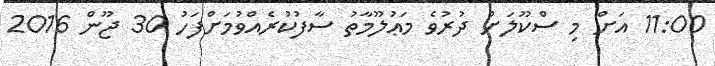
11:00 އަށް މި ސްކޫލަށް ދުރުވެ މަޢުލޫމާތު ސާފުކުރެއްވުމަށްފަހު 30 ޖޫން 2016